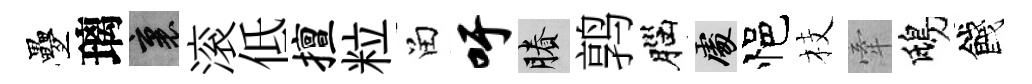
疊璃裏滚低擅粒留吁賸鹑腦處悒枝牽鴟餞